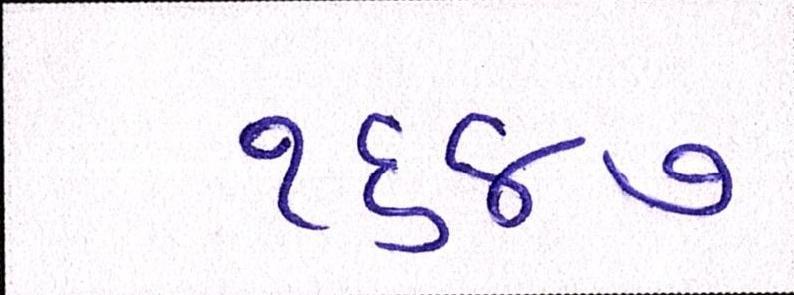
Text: ૧૬૪૭